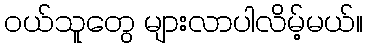
ဝယ်သူတွေ များလာပါလိမ့်မယ်။